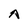
Character: A